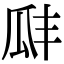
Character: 𤫬